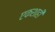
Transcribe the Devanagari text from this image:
एकशाही